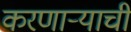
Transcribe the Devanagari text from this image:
करणार्‍याची